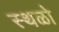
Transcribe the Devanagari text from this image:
स्थळो